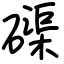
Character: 磲